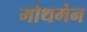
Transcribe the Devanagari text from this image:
मोथमेन